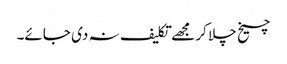
چیخ چلا کر مجھے تکلیف نہ دی جائے۔